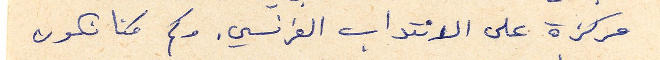
مركزة على الانتداب الفرنسي. وكم كنا نكون